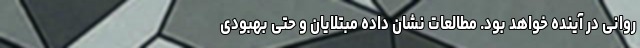
روانی در آینده خواهد بود. مطالعات نشان داده مبتلایان و حتی بهبودی